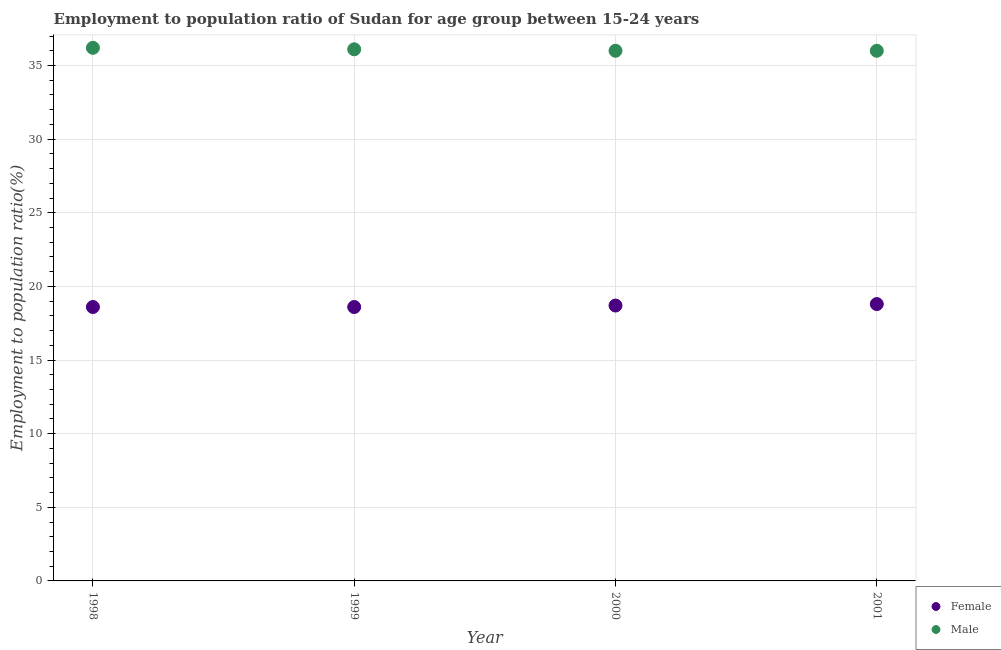
| Year | Female | Male |
 | --- | --- | --- |
 | 1998 | 18.6 | 36.2 |
 | 1999 | 18.6 | 36.1 |
 | 2000 | 18.7 | 36 |
 | 2001 | 18.8 | 36 |